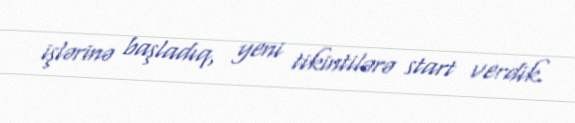
işlərinə başladıq, yeni tikintilərə start verdik.